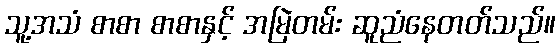
သူ့အသံ စာစာ စာစာနှင့် အမြဲတမ်း ဆူညံနေတတ်သည်။